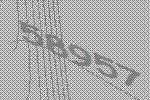
58957